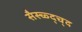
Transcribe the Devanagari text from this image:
सैस्च्व्द्च्द